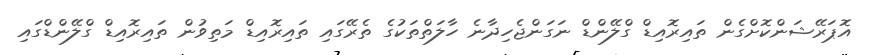
އޮޕަރޭޝަންކޮށްގެން ތައިރޮއިޑް ގްލޭންޑް ނަގަންޖެހިދާނެ ހާލަތްތަކުގެ ތެރޭގައި ތައިރޮއިޑް މަތިވުން ތައިރޮއިޑް ގްލޭންޑްގައި